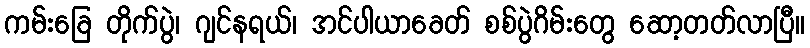
ကမ်းခြေ တိုက်ပွဲ၊ ဂျင်နရယ်၊ အင်ပါယာခေတ် စစ်ပွဲဂိမ်းတွေ ဆော့တတ်လာပြီ။